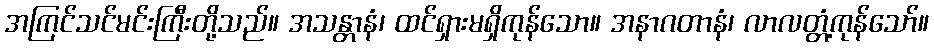
အကြင်သင်မင်းကြီးတို့သည်။ အသန္တာနံ၊ ထင်ရှားမရှိကုန်သော။ အနာဂတာနံ၊ လာလတ္တံ့ကုန်သော်။